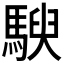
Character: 𱄤